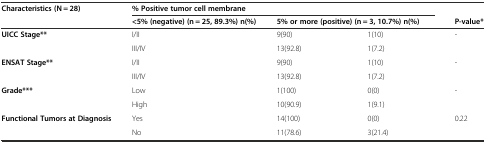
<table><thead><tr><td rowspan="2"><b>Characteristics (N = 28)</b></td><td colspan="3"><b>% Positive tumor cell membrane</b></td><td></td></tr><tr><td><b>&lt;5% (negative) (n = 25, 89.3%) n(%)</b></td><td colspan="2"><b>5% or more (positive) (n = 3, 10.7%) n(%)</b></td><td><b>P-value*</b></td></tr></thead><tbody><tr><td rowspan="2"><b>UICC Stage**</b></td><td>I/II</td><td>9(90)</td><td>1(10)</td><td rowspan="2">-</td></tr><tr><td>III/IV</td><td>13(92.8)</td><td>1(7.2)</td></tr><tr><td rowspan="2"><b>ENSAT Stage**</b></td><td>I/II</td><td>9(90)</td><td>1(10)</td><td rowspan="2">-</td></tr><tr><td>III/IV</td><td>13(92.8)</td><td>1(7.2)</td></tr><tr><td rowspan="2"><b>Grade***</b></td><td>Low</td><td>1(100)</td><td>0(0)</td><td rowspan="2">-</td></tr><tr><td>High</td><td>10(90.9)</td><td>1(9.1)</td></tr><tr><td rowspan="2"><b>Functional Tumors at Diagnosis</b></td><td>Yes</td><td>14(100)</td><td>0(0)</td><td rowspan="2">0.22</td></tr><tr><td>No</td><td>11(78.6)</td><td>3(21.4)</td></tr></tbody></table>